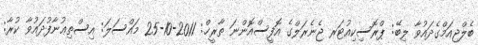
ބެލްޖިއަމްގެދައުވާ ލިބޭ: ޕްރޮސިކިއުޓަރ ޖެނެރަލްގެ އޮފީސްއޮންނަ ތާރީޚް: 2011-10-25 މައްސަލަ: އިސްތިޢުނާފުދައުވާ ކުރާ: